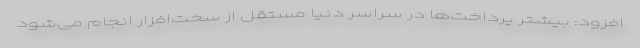
افزود: بیشتر پرداخت‌ها در سراسر دنیا مستقل از سخت‌افزار انجام می‌شود